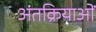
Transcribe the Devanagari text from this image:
अंतक्रियाओं